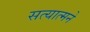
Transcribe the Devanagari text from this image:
सत्यात्मने